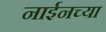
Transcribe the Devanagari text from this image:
नाईनच्या